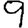
Digit: 9